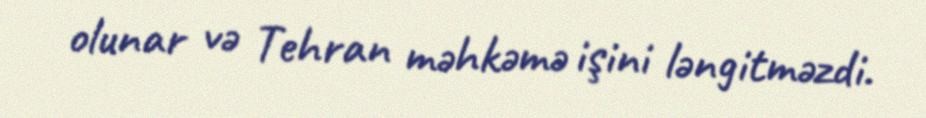
olunar və Tehran məhkəmə işini ləngitməzdi.